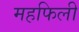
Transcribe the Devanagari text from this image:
महफिली